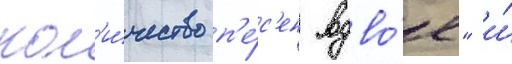
кол'и́чество п'е́с'ен вдво́е" и́